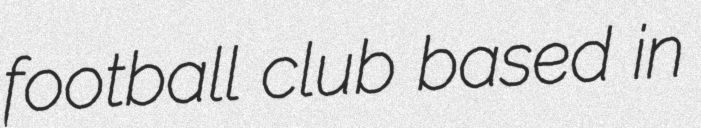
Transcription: football club based in